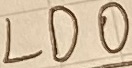
Text: LDO